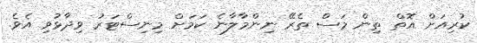
ކުރިއަށް އޮތް ތިން މަސް ތެރޭ ނިންމާލާނެ ކަމަށް މިނިސްޓަރު ވިދާޅުވި އެވެ.